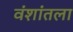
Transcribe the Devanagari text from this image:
वंशांतला